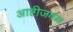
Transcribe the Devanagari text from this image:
आष्टीजवळ